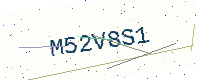
Text: M52V8S1